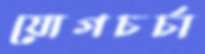
যোগচর্চা